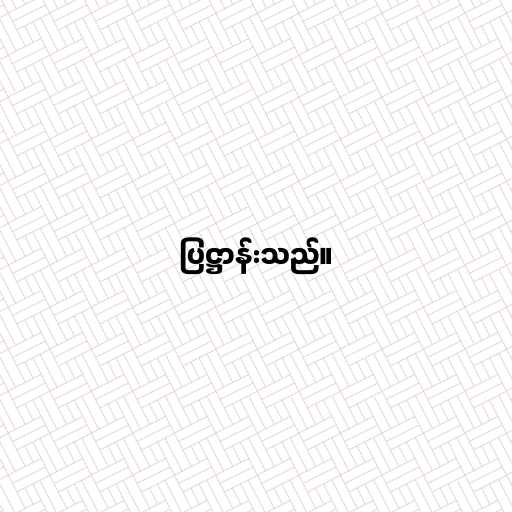
ပြဋ္ဌာန်းသည်။